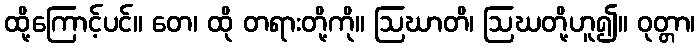
ထို့ကြောင့်ပင်။ တေ၊ ထို တရားတို့ကို။ ဩဃာတိ၊ ဩဃတို့ဟူ၍။ ဝုတ္တာ၊